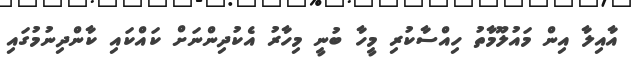
އާއިލާ އިން މައުލޫމާތު ހިއްސާކުރި މީހާ ބުނީ މިހާރު އެކުދިންނަށް ކައްކައި ކާންދިނުމުގައި